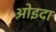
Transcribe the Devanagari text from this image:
ओइदा